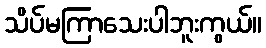
သိပ်မကြာသေးပါဘူးကွယ်။